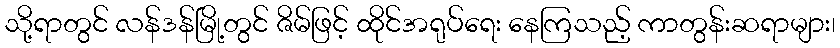
သို့ရာတွင် လန်ဒန်မြို့တွင် ဇိမ်ဖြင့် ထိုင်အရုပ်ရေး နေကြသည့် ကာတွန်းဆရာများ၊